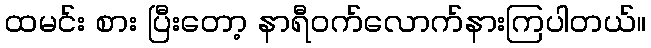
ထမင်း စား ပြီးတော့ နာရီဝက်လောက်နားကြပါတယ်။